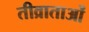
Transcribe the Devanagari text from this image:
तीव्राताओं